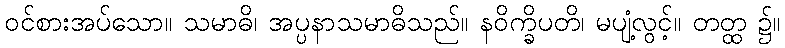
ဝင်စားအပ်သော။ သမာဓိ၊ အပ္ပနာသမာဓိသည်။ နဝိက္ခိပတိ၊ မပျံ့လွင့်။ တတ္ထ ၌။